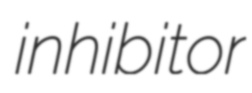
inhibitor